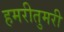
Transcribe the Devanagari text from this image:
हमरीतुमरी